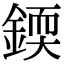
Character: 𨨰